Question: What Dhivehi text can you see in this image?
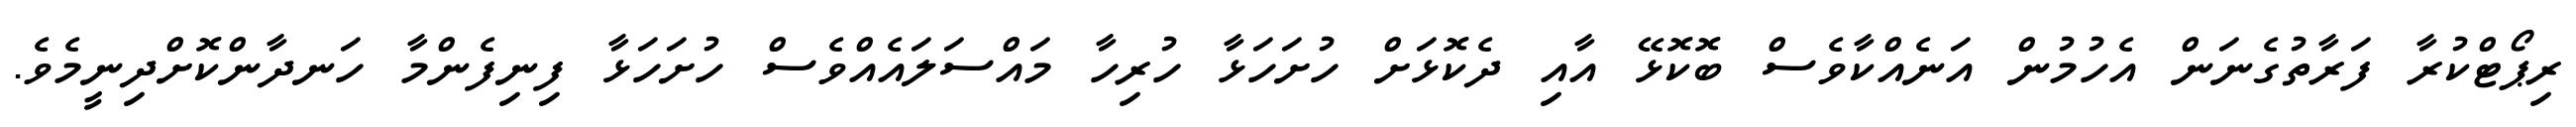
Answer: ރިޕޯޓްކުރާ ފަރާތުގެނަން އެހުމުން އަނެއްކާވެސް ބޮކޮޅޭ އާއި ދެކޮޅަށް ހުށަހަޅާ ހުރިހާ މައްސަލައެއްވެސް ހުށަހަޅާ ފިނިފެންމާ ހަނދާންކޮށްދިނީމެވެ.